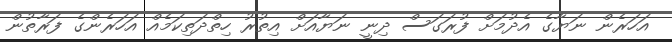
އަހަރެން ނަޔާގެ އެދުމަށް ފުރަގަސް ދިނީ ނަޔާއަށް އިތުރު ހިތްދަތިކަމެއް އަހަރެންގެ ފަރާތުން